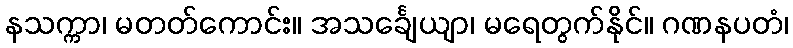
နသက္ကာ၊ မတတ်ကောင်း။ အသင်္ချေယျာ၊ မရေတွက်နိုင်။ ဂဏနပတံ၊